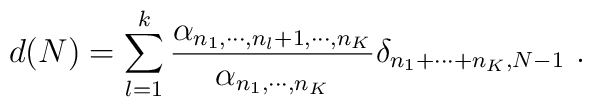
d(N)= \sum_{l=1}^{k}\frac{\alpha_{n_{1},\cdots,n_{l}+1,\cdots,n_{K}}}{\alpha_{n_{1},\cdots,n_{K}}} \delta_{n_{1}+\cdots+n_{K},N-1} \ .